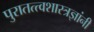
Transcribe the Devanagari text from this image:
पुरातत्त्वशास्त्रज्ञांनी